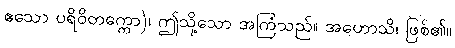
ဧသော ပရိဝိတက္ကော)၊ ဤသို့သော အကြံသည်။ အဟောသိ၊ ဖြစ်၏။